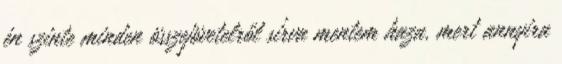
én szinte minden összejövetelről sírva mentem haza, mert annyira